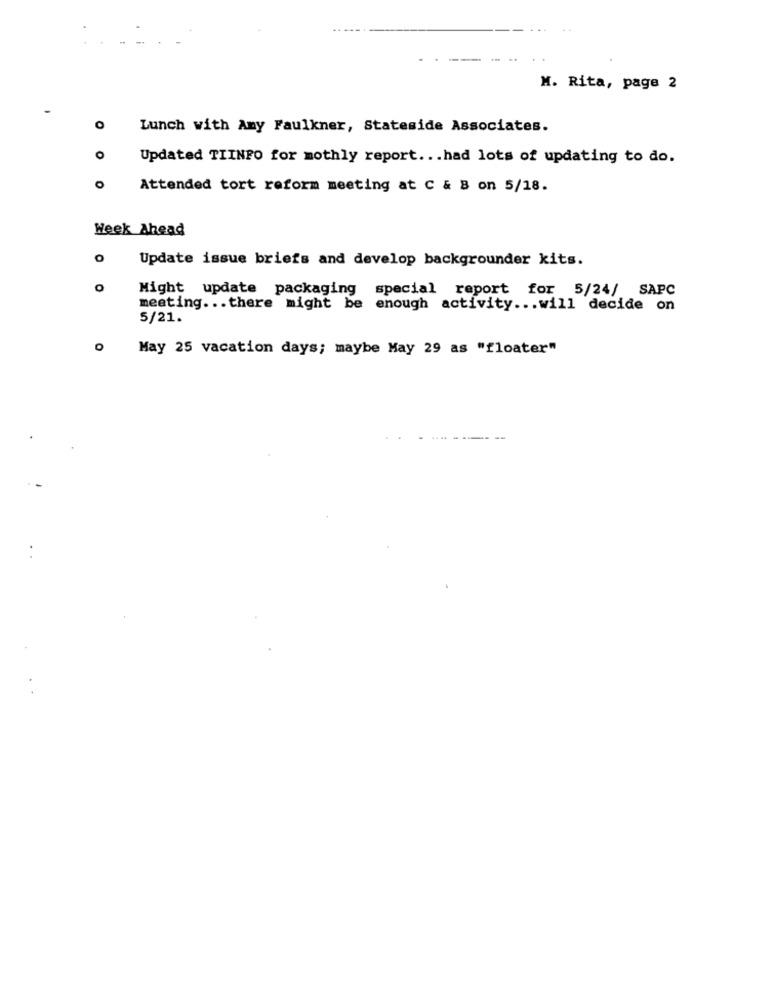
M. Rita, page 2
O
Lunch with Amy Faulkner, Stateside Associates.
O
Updated TIINFO for mothly report ... had lots of updating to do.
Attended tort reform meeting at C & 8 on 5/18.
Week Ahead
0
Update issue briefs and develop backgrounder kits.
Might update packaging special report for 5/24/ SAPC
meeting ... there might be enough activity ... will decide on
5/21.
May 25 vacation days; maybe May 29 as "floater"